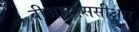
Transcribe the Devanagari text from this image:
वीआरएससीआर